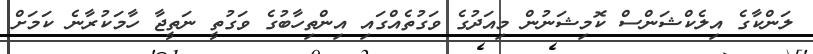
ލަންކާގެ އިލެކްޝަންސް ކޮމިޝަނުން މިއަދުގެ ވަގުތެއްގައި އިންތިހާބުގެ ވަގުތީ ނަތީޖާ ހާމަކުރާނެ ކަމަށް